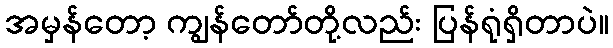
အမှန်တော့ ကျွန်တော်တို့လည်း ပြန်ရုံရှိတာပဲ။